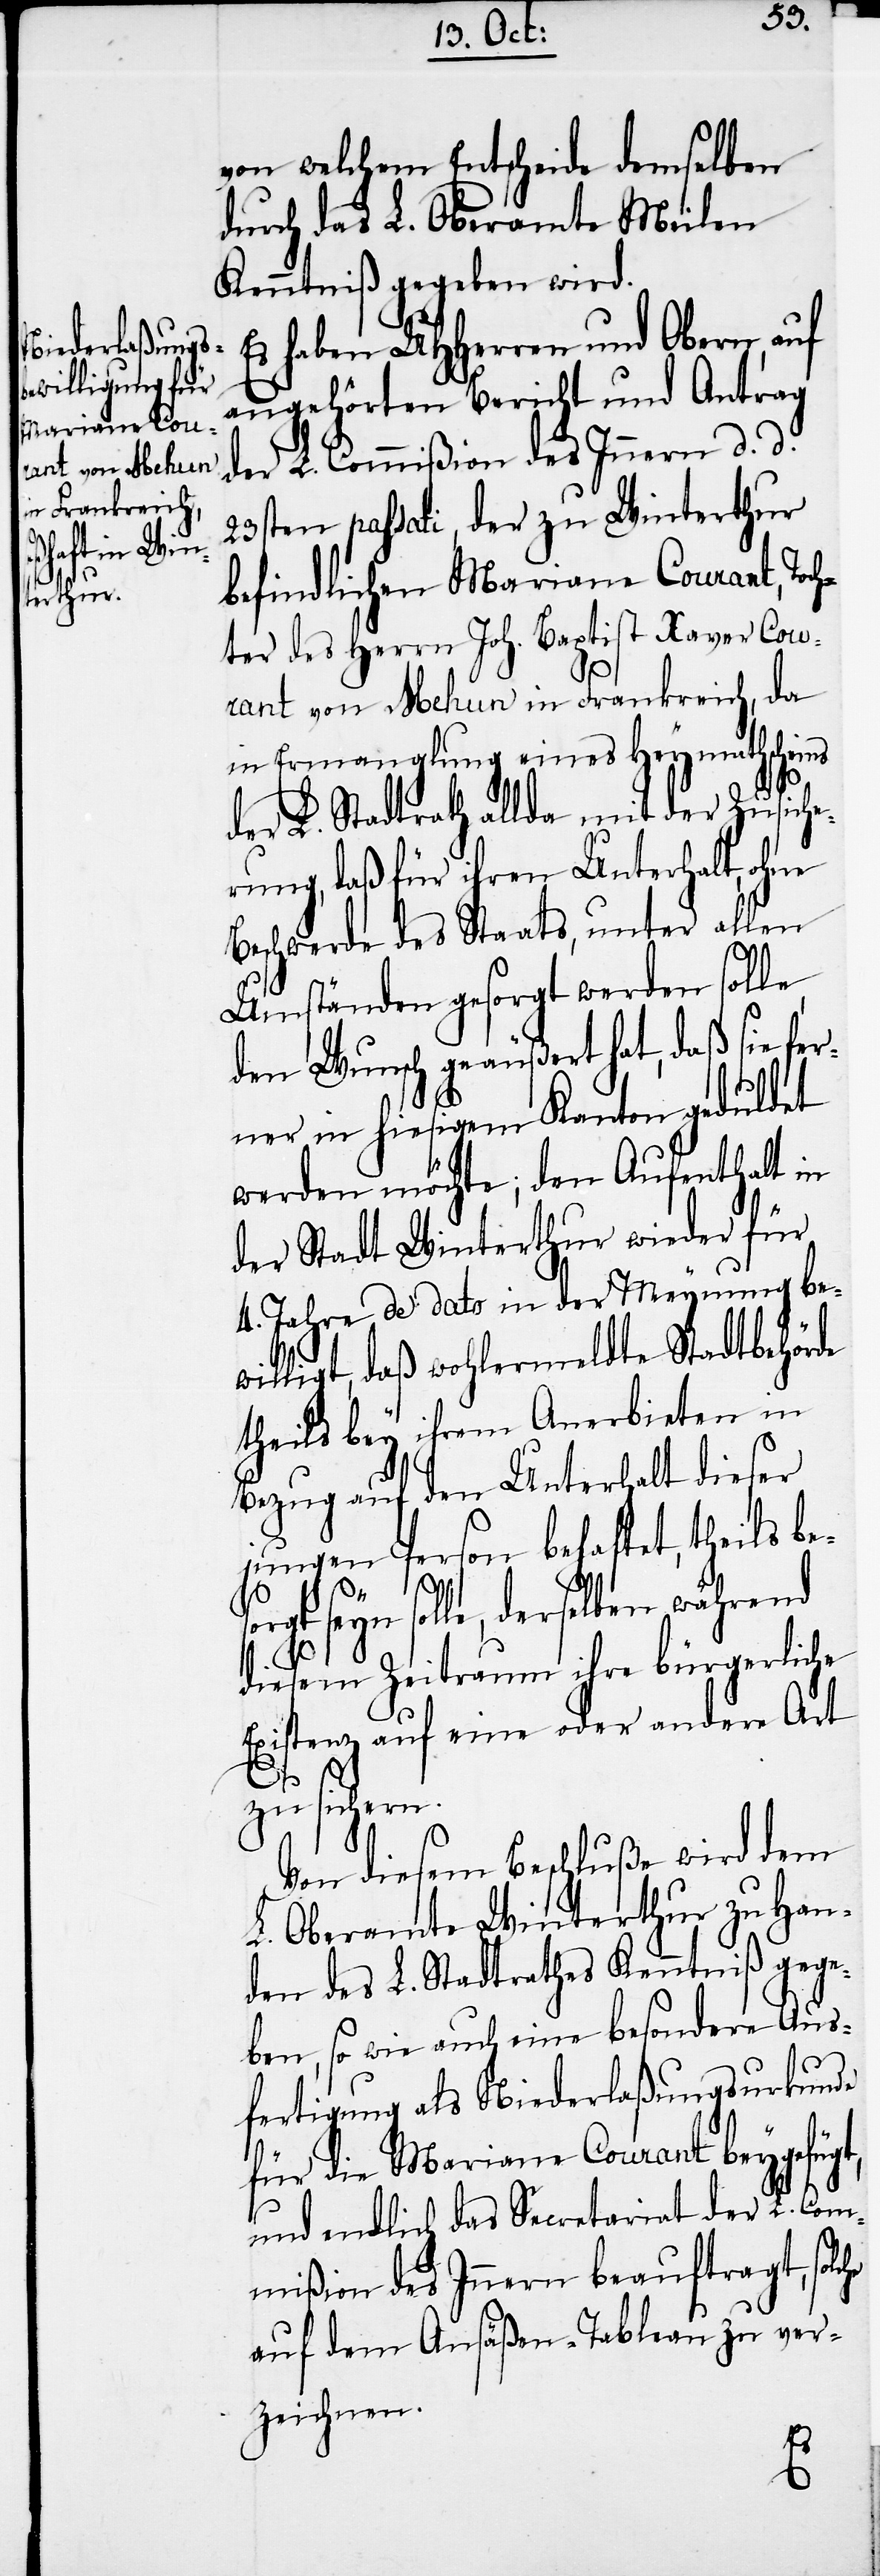
von welchem Entscheide demselben
durch das L. Oberamte Meilen
Kenntniß gegeben wird.
Es haben UHHerren und Obern, auf
angehörten Bericht und Antrag
der L. Commißion des Innern d. d.
23sten passati, der zu Winterthur
befindlichen Mariane Courant, Toch¬
ter des Herrn Joh. Baptist Xaver Cou¬
rant von Mehun in Frankreich, da
in Ermanglung eines Heymathscheins
der L. Stadtrath allda mit der Zusiche¬
rung, daß für ihren Unterhalt, ohne
Beschwerde des Staats, unter allen
Umständen gesorgt werden solle,
den Wunsch geäußert hat, daß sie fer¬
ner in hiesigem Kanton geduldet
werden möchte; den Aufenthalt in
der Stadt Winterthur wieder für
4. Jahre de dato in der Meynung be¬
willigt, daß wohlermeldte Stadtbehörde
theils bey ihrem Anerbieten in
Bezug auf den Unterhalt dieser
jungen Person behaftet, theils be¬
so¬
rgt seyn solle, derselben während
diesem Zeitraum ihre bürgerliche
Existenz auf eine oder andere Art
zu sichern.
Von diesem Beschluße wird dem
L. Oberamte Winterthur zu Han¬
den des L. Stadtrathes Kenntniß gege¬
ben, so wie auch eine besondere Aus¬
fertigung als Niederlaßungsurkunde
he
für die Mariane Courant beygefügt,
und endlich das Secretariat der L. Com¬
mißion des Innern beauftragt, solc¬
auf dem Ansäßen-Tableau zu ver¬
zeichnen.